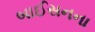
બાઈસનના